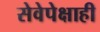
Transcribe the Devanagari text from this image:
सेवेपेक्षाही